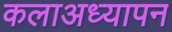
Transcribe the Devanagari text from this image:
कलाअध्यापन